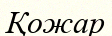
Қожар